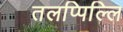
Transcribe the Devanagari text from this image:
तलप्पिल्लि